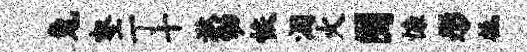
兔壑丁十湫幼恢涸火囿慷彤柢